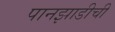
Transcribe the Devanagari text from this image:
पानझाडीची